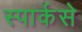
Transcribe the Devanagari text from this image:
स्पार्कसे